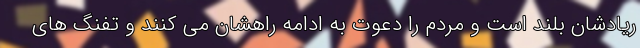
ریادشان بلند است و مردم را دعوت به ادامه راهشان می کنند و تفنگ های